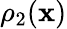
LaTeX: \rho_{2}(\mathbf{x})